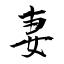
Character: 妻